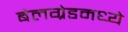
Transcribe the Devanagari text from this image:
बेलग्रेडमध्ये